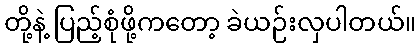
တို့နဲ့ ပြည့်စုံဖို့ကတော့ ခဲယဉ်းလှပါတယ်။